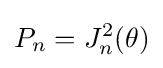
P_{n}=J_{n}^{2}(\theta )